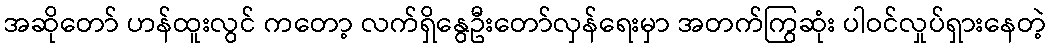
အဆိုတော် ဟန်ထူးလွင် ကတော့ လက်ရှိနွေဦးတော်လှန်ရေးမှာ အတက်ကြွဆုံး ပါဝင်လှုပ်ရှားနေတဲ့